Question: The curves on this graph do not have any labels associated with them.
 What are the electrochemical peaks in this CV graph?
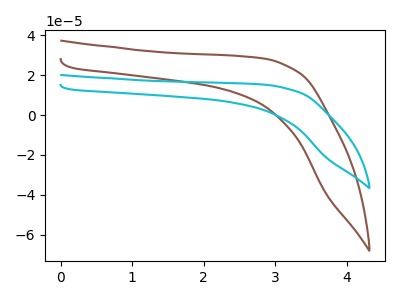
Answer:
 <answer>The brown curve "brown" has no peaks. The cyan curve "cyan" has no peaks.</answer>
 <eval></eval>